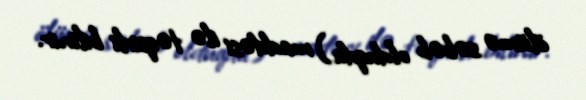
ölümə səbəb olduqda) maddəsi ilə təqsirli bilinir.